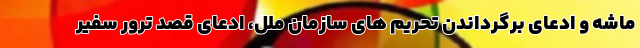
ماشه و ادعای برگرداندن تحریم های سازمان ملل، ادعای قصد ترور سفیر